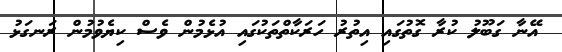
އޭނާ ގަބޫލު ކުރާ ގޮތުގައި އިތުރު ހަރަކާތްތަކުގައި އުޅެމުން ވެސް ކިޔެވުމުން ރަނގަޅު